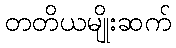
တတိယမျိုးဆက်